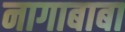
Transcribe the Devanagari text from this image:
नागाबाबा